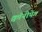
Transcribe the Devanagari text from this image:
क्वॉनीपेग